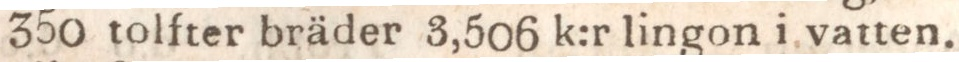
350 tolfter bräder 3,506 k:r lingon i vatten.